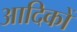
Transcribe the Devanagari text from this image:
आदिकों